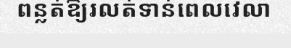
ពន្លត់ឱ្យរលត់ទាន់ពេលវេលា